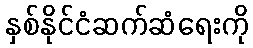
နှစ်နိုင်ငံဆက်ဆံရေးကို